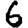
Digit: 6